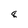
Character: 8